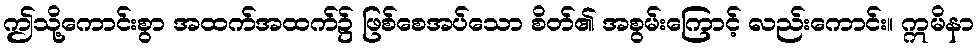
ဤသို့ကောင်းစွာ အထက်အထက်၌ ဖြစ်စေအပ်သော စိတ်၏ အစွမ်းကြောင့် လည်းကောင်း။ ဣမိနာ